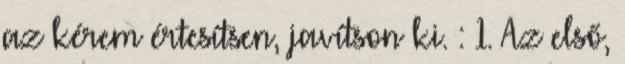
az kérem értesítsen, javítson ki. : 1. Az első,